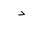
Letter: _dal